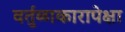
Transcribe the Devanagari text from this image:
वर्तुळाकारापेक्षा